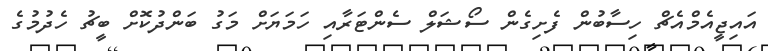
އައިޖީއެމްއެޗް ހިސާބުން ފެށިގެން ސޯޝަލް ސެންޓަރާއި ހަމަޔަށް މަގު ބަންދުކޮށް ބީޗު ހެދުމުގެ